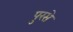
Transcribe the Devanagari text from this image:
पुरसे